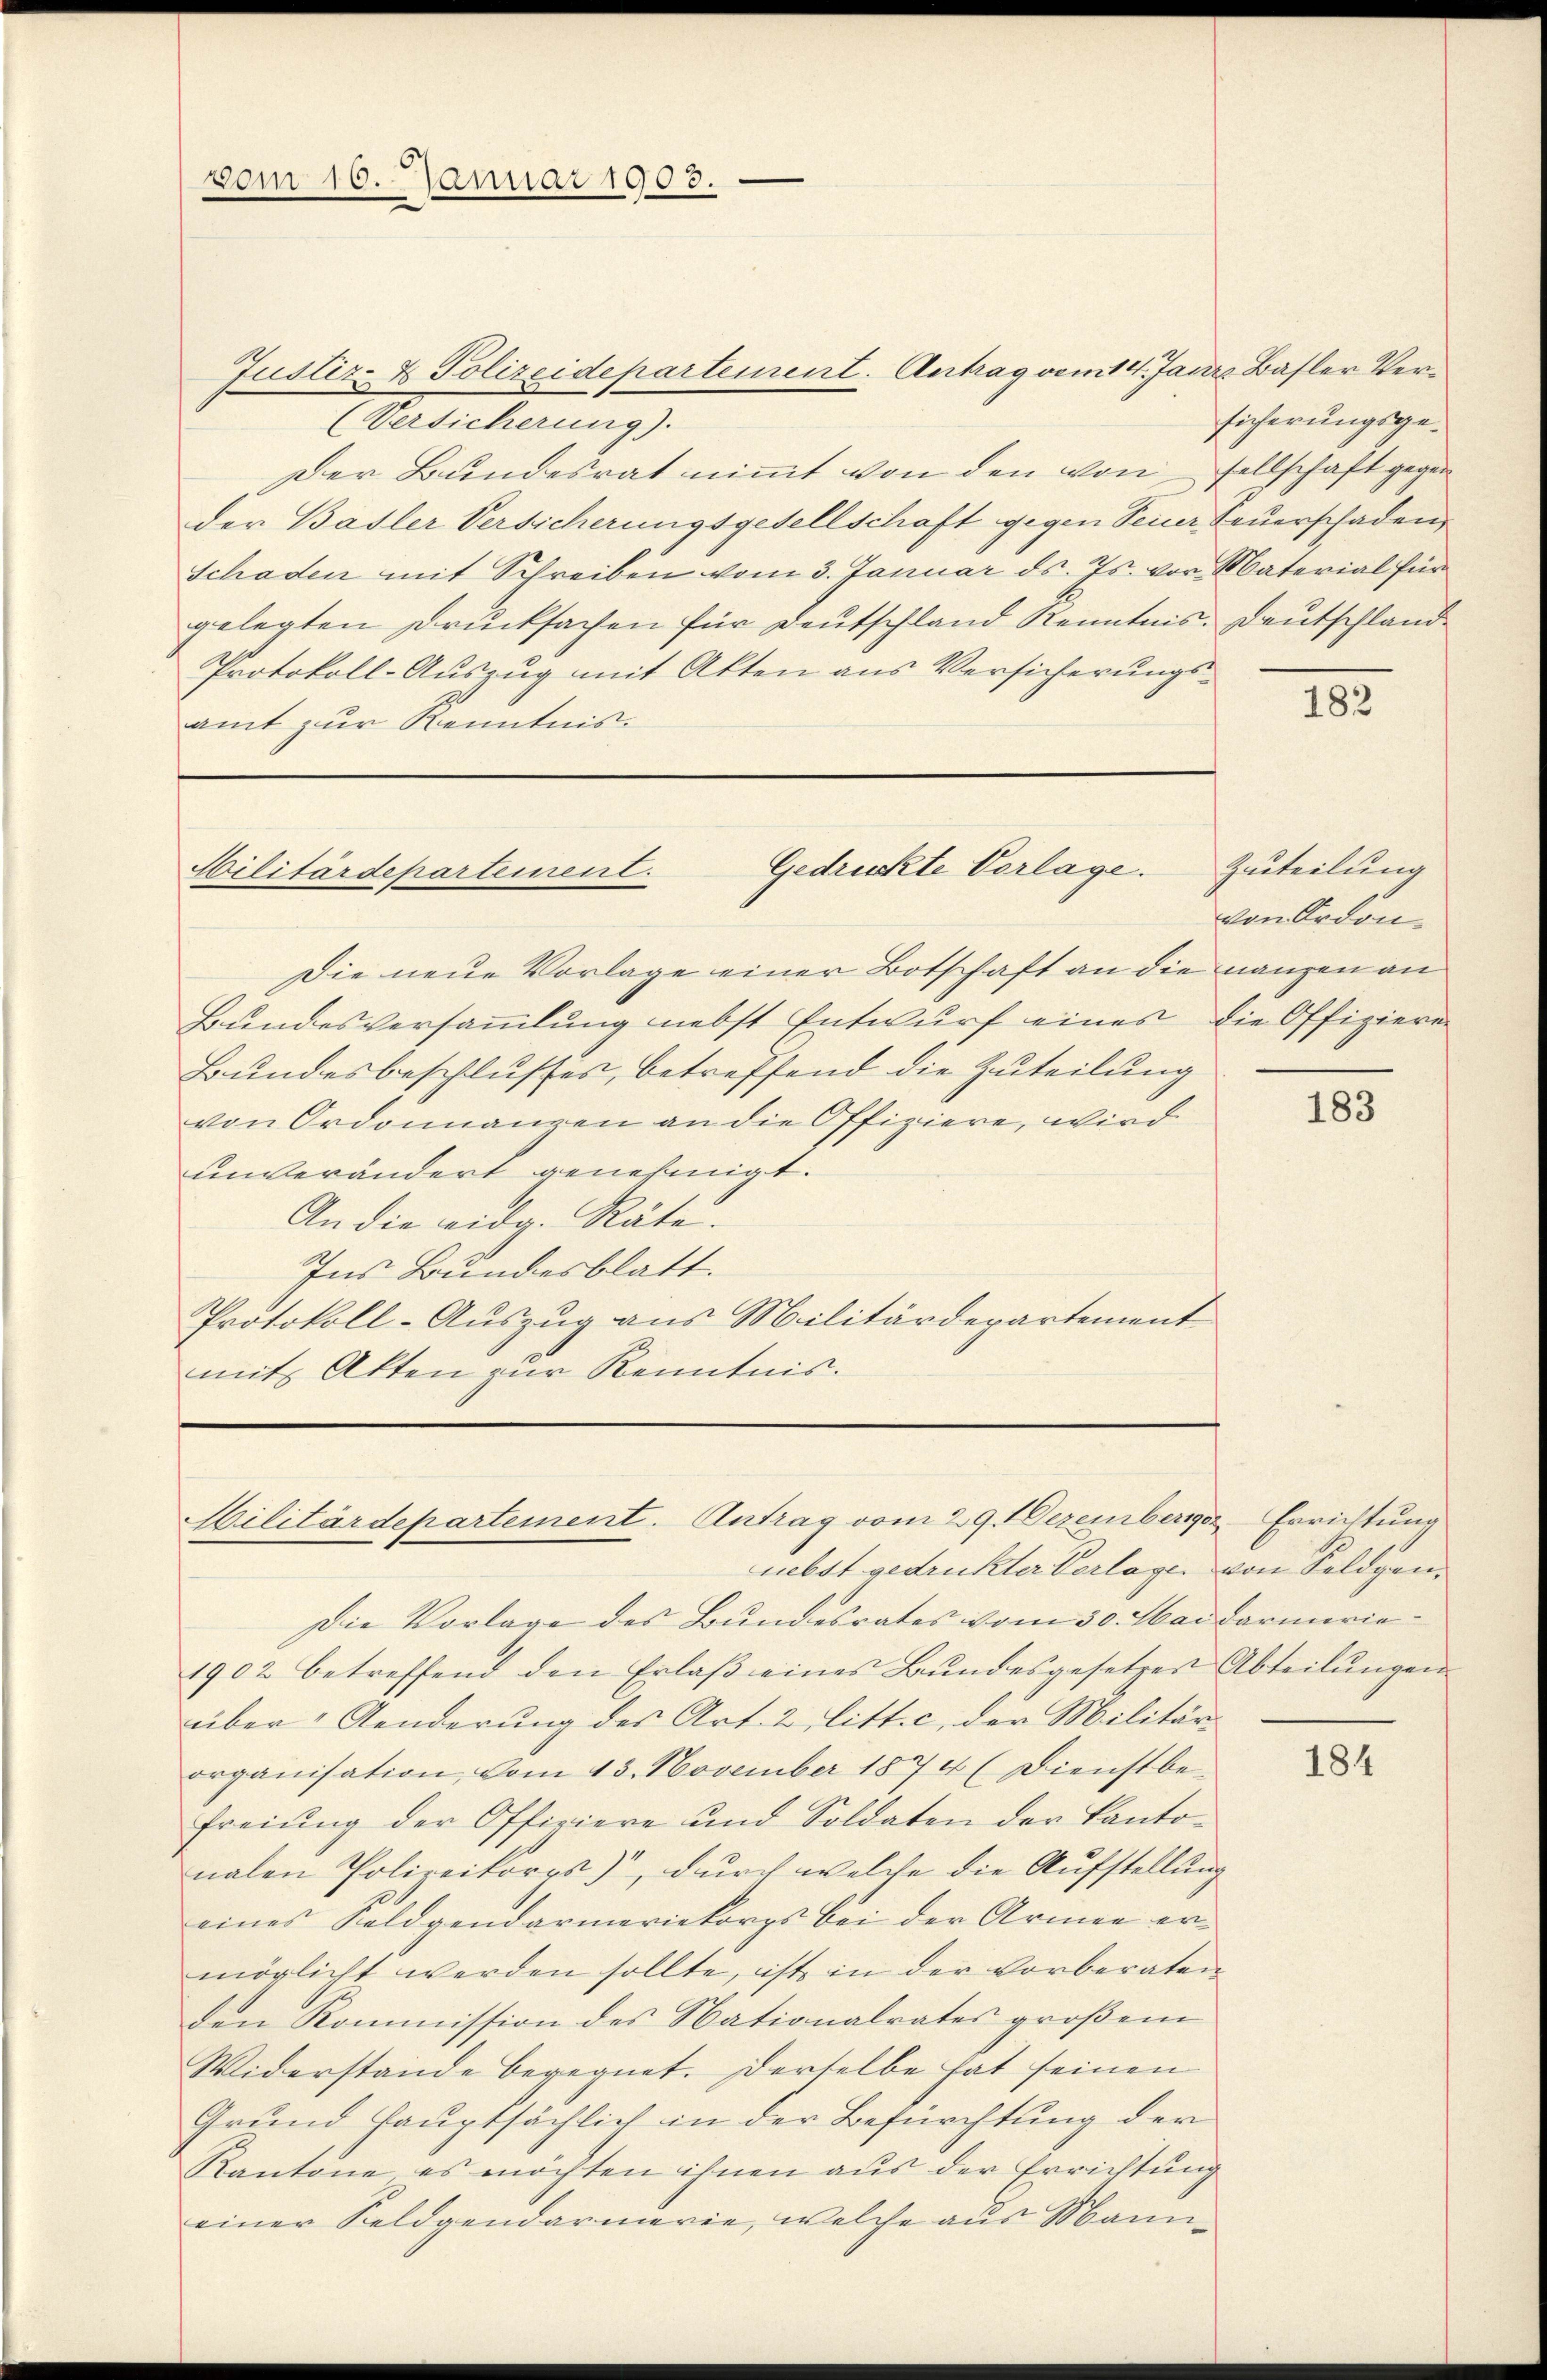
vom 10. Januar 1903.

Justiz- & Polizeidepartement. Antrag vom 14. Janr. Basler Ver¬
(Versicherung).
Der Bundesrat nimmt von den von sellschaft gegen
der Basler Versicherungsgesellschaft gegen Feuer Feuerschaden,
Schaden mit Schreiben vom 3. Januar ds. Js. vor Material für
gelegten Drucksachen für Deutschland Kenntnis. Deutschland¬
Protokoll-Auszug mit Akten aus Versicherungsamt zur Kenntnis.

Gedruckte Vorlage.
Cilitärdepartement.

Die neue Vorlage einer Botschaft an die ganzen an
Bundesversammlung nebst Entwurf eines die Offizieren
Bundesbeschlusses, betreffend die Zuteilung
von Ordonnanzen an die Offiziere, wird
unverändert genehmigt.
An die eidg. Räte.
Ins Bundesblatt.
Protokoll-Auszug aus Militärdepartement
mit Akten zur Kenntnis.

Militärdepartement. Antrag vom 29. Dezember Errichtung

nebst gedruckter Verlage von Feldgen.
Die Vorlage des Bundesrates vom 30. Mai darmerie-
1902 betreffend den Erlaβ eines Bundesgesetzer Abteilŭngen
über Aenderung des Art. 2 litt. c, der Militärorganisation, vom 13. November 1874 (Dienstbe-
freiung der Officiere und Soldaten der Kanto-
nalen Polizeikorps), durch welche die Aufstellung
eines Soldpendarmeriekorps bei der Armee ermöglicht werden sollte, ist in der vorberaten
den Kommission des Nationalrates großem
Widerstände begegnet. Derselbe hat seinen
Grund Hauptsächlich in der Befürchtung der
Kantone es möchten ihnen aus der Errichtung
einer Sieldpendarmerie, welche aus Mann¬

sicherungsge¬

182

Zuteilung
von Ordon-

183

184